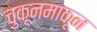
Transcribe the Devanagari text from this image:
चुकूनमाकून